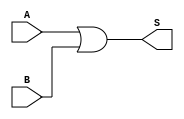
//descricao da porta OU
module porta_ou(S,A,B,); //S  a variavel de saida e A,B so variaveis de entrada

output S; //declara a saida propriamente dita
input A,B; //declara as entradas propriamente ditas

assign S = A | B; //funo para ativar a saida do circuito


endmodule